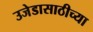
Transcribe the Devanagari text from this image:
उजेडासाठीच्या